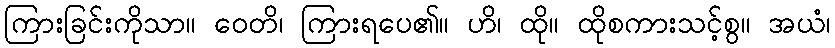
ကြားခြင်းကိုသာ။ ဝေတိ၊ ကြားရပေ၏။ ဟိ၊ ထို။ ထိုစကားသင့်စွ။ အယံ၊